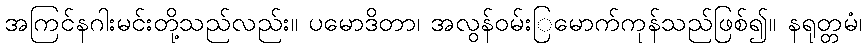
အကြင်နဂါးမင်းတို့သည်လည်း။ ပမောဒိတာ၊ အလွန်ဝမ်းြမောက်ကုန်သည်ဖြစ်၍။ နရုတ္တမံ၊